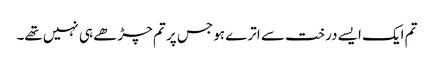
تم ایک ایسے درخت سے اترے ہو جس پر تم چڑھے ہی نہیں‌تھے۔